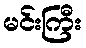
မင်းကြီး